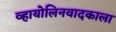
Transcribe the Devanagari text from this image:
व्हायोलिनवादकाला